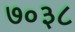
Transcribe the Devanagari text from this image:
७०३८